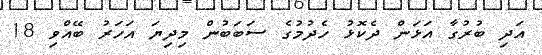
އަދި ބުރުގާ އަޅަން ދެކޮޅު ހެދުމުގެ ސަބަބުން މިދިޔަ އަހަރު ބޭއްވި 18